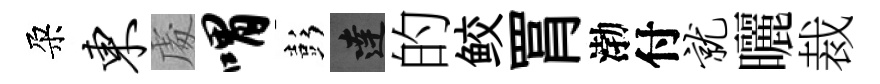
朶东䖏喟彭達的鲛罥渤付就曬裁